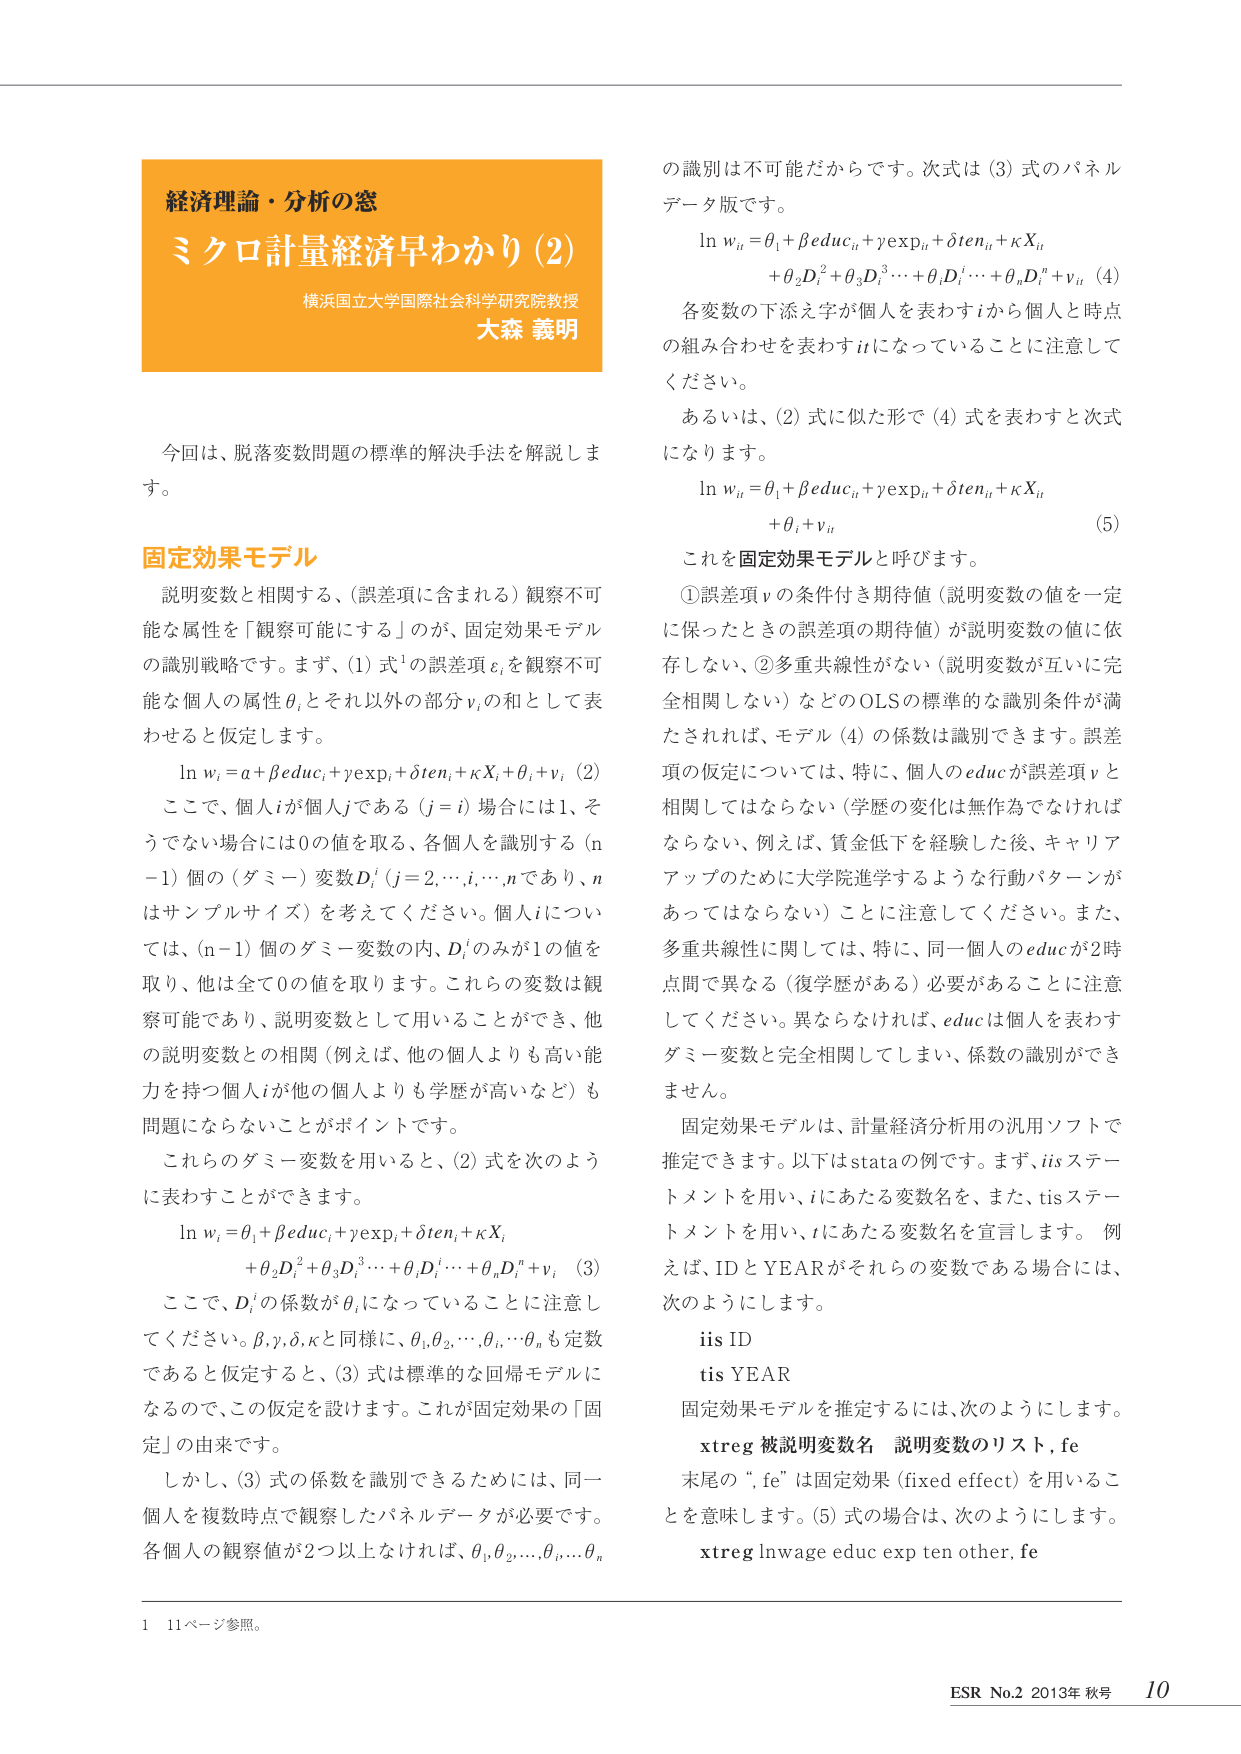
経済理論・分析の窓
ミクロ計量経済早わかり（2）
横浜国立大学国際社会科学研究院校教授
大森 義明

今回は、脱落変数問題の標準的解決手法を解説します。

**固定効果モデル**
説明変数と相関する、（誤差項に含まれる）観察不可能な属性を「観察可能にする」のが、固定効果モデルの識別戦略です。まず、(1) 式¹の誤差項 εᵢ を観察不可能な個人の属性 θᵢ とそれ以外の部分 νᵢ の和として表わせると仮定します。
ln wᵢ = α + βeducᵢ + γexpᵢ + δtenᵢ + κXᵢ + θᵢ + νᵢ  (2)
ここで、個人 i が個人 j である（j = i）場合には 1、そうでない場合には 0 の値を取る、各個人を識別する（n−1）個の（ダミー）変数 Dⱼⁱ（j = 2,…,i,…,n であり、n はサンプルサイズ）を考えてください。個人 i については、（n−1）個のダミー変数の内、Dᵢⁱ のみが 1 の値を取り、他是全て 0 の値を取ります。これらの変数は観察可能であり、説明変数として用いることができ、他の説明変数との相関（例えば、他の個人よりも高い能力を持つ個人 i が他の個人よりも学歴が高いなど）も問題にならないことがポイントです。
これらのダミー変数を用いると、(2) 式は次のように表わすことができます。
ln wᵢ = θᵢ + βeducᵢ + γexpᵢ + δtenᵢ + κXᵢ
　　　　+ θ₂D₂ⁱ + θ₃D₃ⁱ + ⋯ + θᵢDᵢⁱ + ⋯ + θₙDₙⁱ + νᵢ  (3)
ここで、Dᵢⁱ の係数が θᵢ になっていることに注意してください。β, γ, δ, κ と同様に、θ₁, θ₂, ⋯, θᵢ, ⋯, θₙ も定数であると仮定すると、(3) 式は標準的な回帰モデルになるので、この仮定を設けます。これが固定効果の「固定」の由来です。
しかし、(3) 式の係数を識別できるためには、同一個人を複数時点で観察したパネルデータが必要です。各個人の観察値が 2 以上なければ、θ₁, θ₂, ⋯, θᵢ, ⋯, θₙ の識別は不可能だからです。次式は (3) 式のパネルデータ版です。
ln wᵢₜ = θᵢ + βeducᵢₜ + γexpᵢₜ + δtenᵢₜ + κXᵢₜ
　　　　+ θ₂D₂ⁱₜ + θ₃D₃ⁱₜ + ⋯ + θᵢDᵢⁱₜ + ⋯ + θₙDₙⁱₜ + νᵢₜ  (4)
各変数の下添え字が個人を表わす i から個人と時点の組み合わせを表わす it になっていることに注意してください。
あるいは、(2) 式に似た形で (4) 式を表わすと次式になります。
ln wᵢₜ = θᵢ + βeducᵢₜ + γexpᵢₜ + δtenᵢₜ + κXᵢₜ
　　　　+ θᵢ + νᵢₜ  (5)
これを**固定効果モデル**と呼びます。
① 誤差項 ν の条件付き期待値（説明変数の値を一定に保ったときの誤差項の期待値）が説明変数の値に依存しない、② 多重共線性がない（説明変数が互いに完全相関しない）などの OLS の標準的な識別条件が満たされれば、モデル (4) の係数は識別できます。誤差項の仮定については、特に、個人の educ が誤差項 ν と相関してはならない（学歴の変化は無作為でなければならない、例えば、賃金低下を経験した後、キャリアアップのために大学院進学するような行動パターンがあってはならない）ことに注意してください。また、多重共線性に関しては、特に、同一個人の educ が 2 時点間で異なる（復学歴がある）必要があることに注意してください。異ならなければ、educ は個人を表わすダミー変数と完全相関してしまい、係数の識別ができません。
固定効果モデルは、計量経済分析用の汎用ソフトで推定できます。以下は stata の例です。まず、iis ステートメントを用い、i にあたる変数名を、また、tis ステートメントを用い、t にあたる変数名を宣言します。例えば、ID と YEAR がそれらの変数である場合には、次のようにします。
iis ID
tis YEAR
固定効果モデルを推定するには、次のようにします。
xtreg 被説明変数名 説明変数のリスト, fe
末尾の ", fe" は固定効果（fixed effect）を用いることを意味します。(5) 式の場合は、次のようにします。
xtreg lnwage educ exp ten other, fe

1 11ページ参照。
ESR No.2 2013年 秋号 10